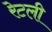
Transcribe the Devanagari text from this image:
रेटली